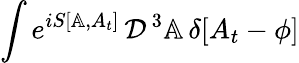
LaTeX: \int e^{iS[\mathbb{A},A_{t}]}\, {\cal D}^{\, 3}\mathbb{A}\, \delta[A_{t}-\phi]